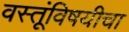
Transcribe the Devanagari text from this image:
वस्तूंविषयीचा